Plague in India, 1896, 1897 - Volume 3
Year: 1896
Disease focus: Plague
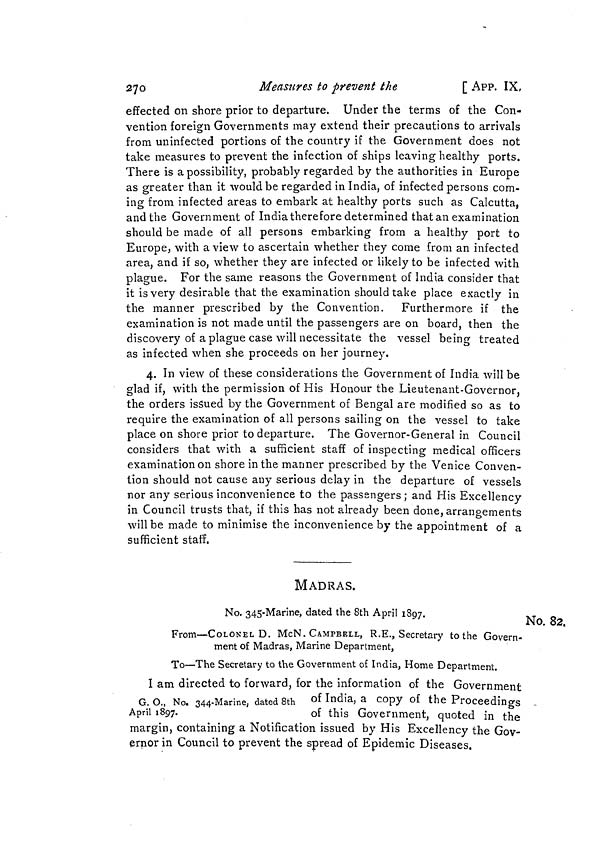
270
Measures to prevent the
[ APP. IX,
effected on shore prior to departure. Under the terms of the Con-
vention foreign Governments may extend their precautions to arrivals
from uninfected portions of the country if the Government does not
take measures to prevent the infection of ships leaving healthy ports.
There is a possibility, probably regarded by the authorities in Europe
as greater than it would be regarded in India, of infected persons com-
ing from infected areas to embark at healthy ports such as Calcutta,
and the Government of India therefore determined that an examination
should be made of all persons embarking from a healthy port to
Europe, with a view to ascertain whether they come from an infected
area, and if so, whether they are infected or likely to be infected with
plague. For the same reasons the Government of India consider that
it is very desirable that the examination should take place exactly in
the manner prescribed by the Convention. Furthermore if the
examination is not made until the passengers are on board, then the
discovery of a plague case will necessitate the vessel being treated
as infected when she proceeds on her journey.
4. In view of these considerations the Government of India will be
glad if, with the permission of His Honour the Lieutenant-Governor,
the orders issued by the Government of Bengal are modified so as to
require the examination of all persons sailing on the vessel to take
place on shore prior to departure. The Governor-General in Council
considers that with a sufficient staff of inspecting medical officers
examination on shore in the manner prescribed by the Venice Conven-
tion should not cause any serious delay in the departure of vessels
nor any serious inconvenience to the passengers; and His Excellency
in Council trusts that, if this has not already been done, arranoements
will be made to minimise the inconvenience by the appointment of a
sufficient staff.
MADRAS.
No. 82.
No. 345-Marine, dated the 8th April 1897.
From—COLONEL D. McN. CAMPBELL, R.E., Secretary to the Govern-
ment of Madras, Marine Department,
To—The Secretary to the Government of India, Home Department.
I am directed to forward, for the information of the Government
G. O., No. 344-Marine, dated 8th of India, a copy of the Proceedings
April 1897.
of this Government, quoted in the
margin, containing a Notification issued by His Excellency the Gov-
ernor in Council to prevent the spread of Epidemic Diseases.